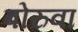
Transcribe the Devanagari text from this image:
बोरुवा